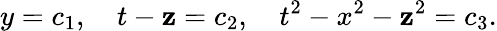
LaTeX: y=c_{1},~~~~t-\mathbf{z}=c_{2},~~~~t^{2}-x^{2}-\mathbf{z}^{2}=c_{3}.